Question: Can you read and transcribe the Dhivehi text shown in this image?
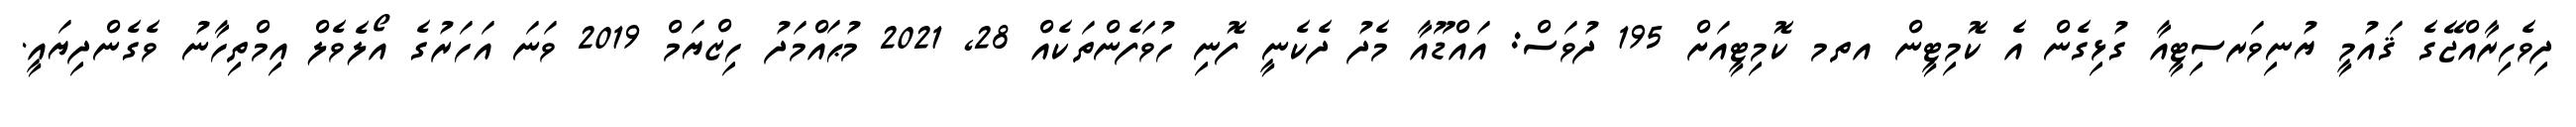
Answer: ދިވެހިރާއްޖޭގެ ޤައުމީ ޔުނިވަރސިޓީއާ ގުޅިގެން އެ ކޮމިޓީން އތމ ކޮމިޓީއަށް 195 ދުވަސް: އައްޑޫއާ މެދު ދެކެނީ ފޮނި ހުވަފެންތަކެއް 28, 2021 މުޙައްމަދު ހިޒްޔަމް 2019 ވަނަ އަހަރުގެ އޯލެވެލް އިމްތިހާނު ވެގެންދިޔައީ.